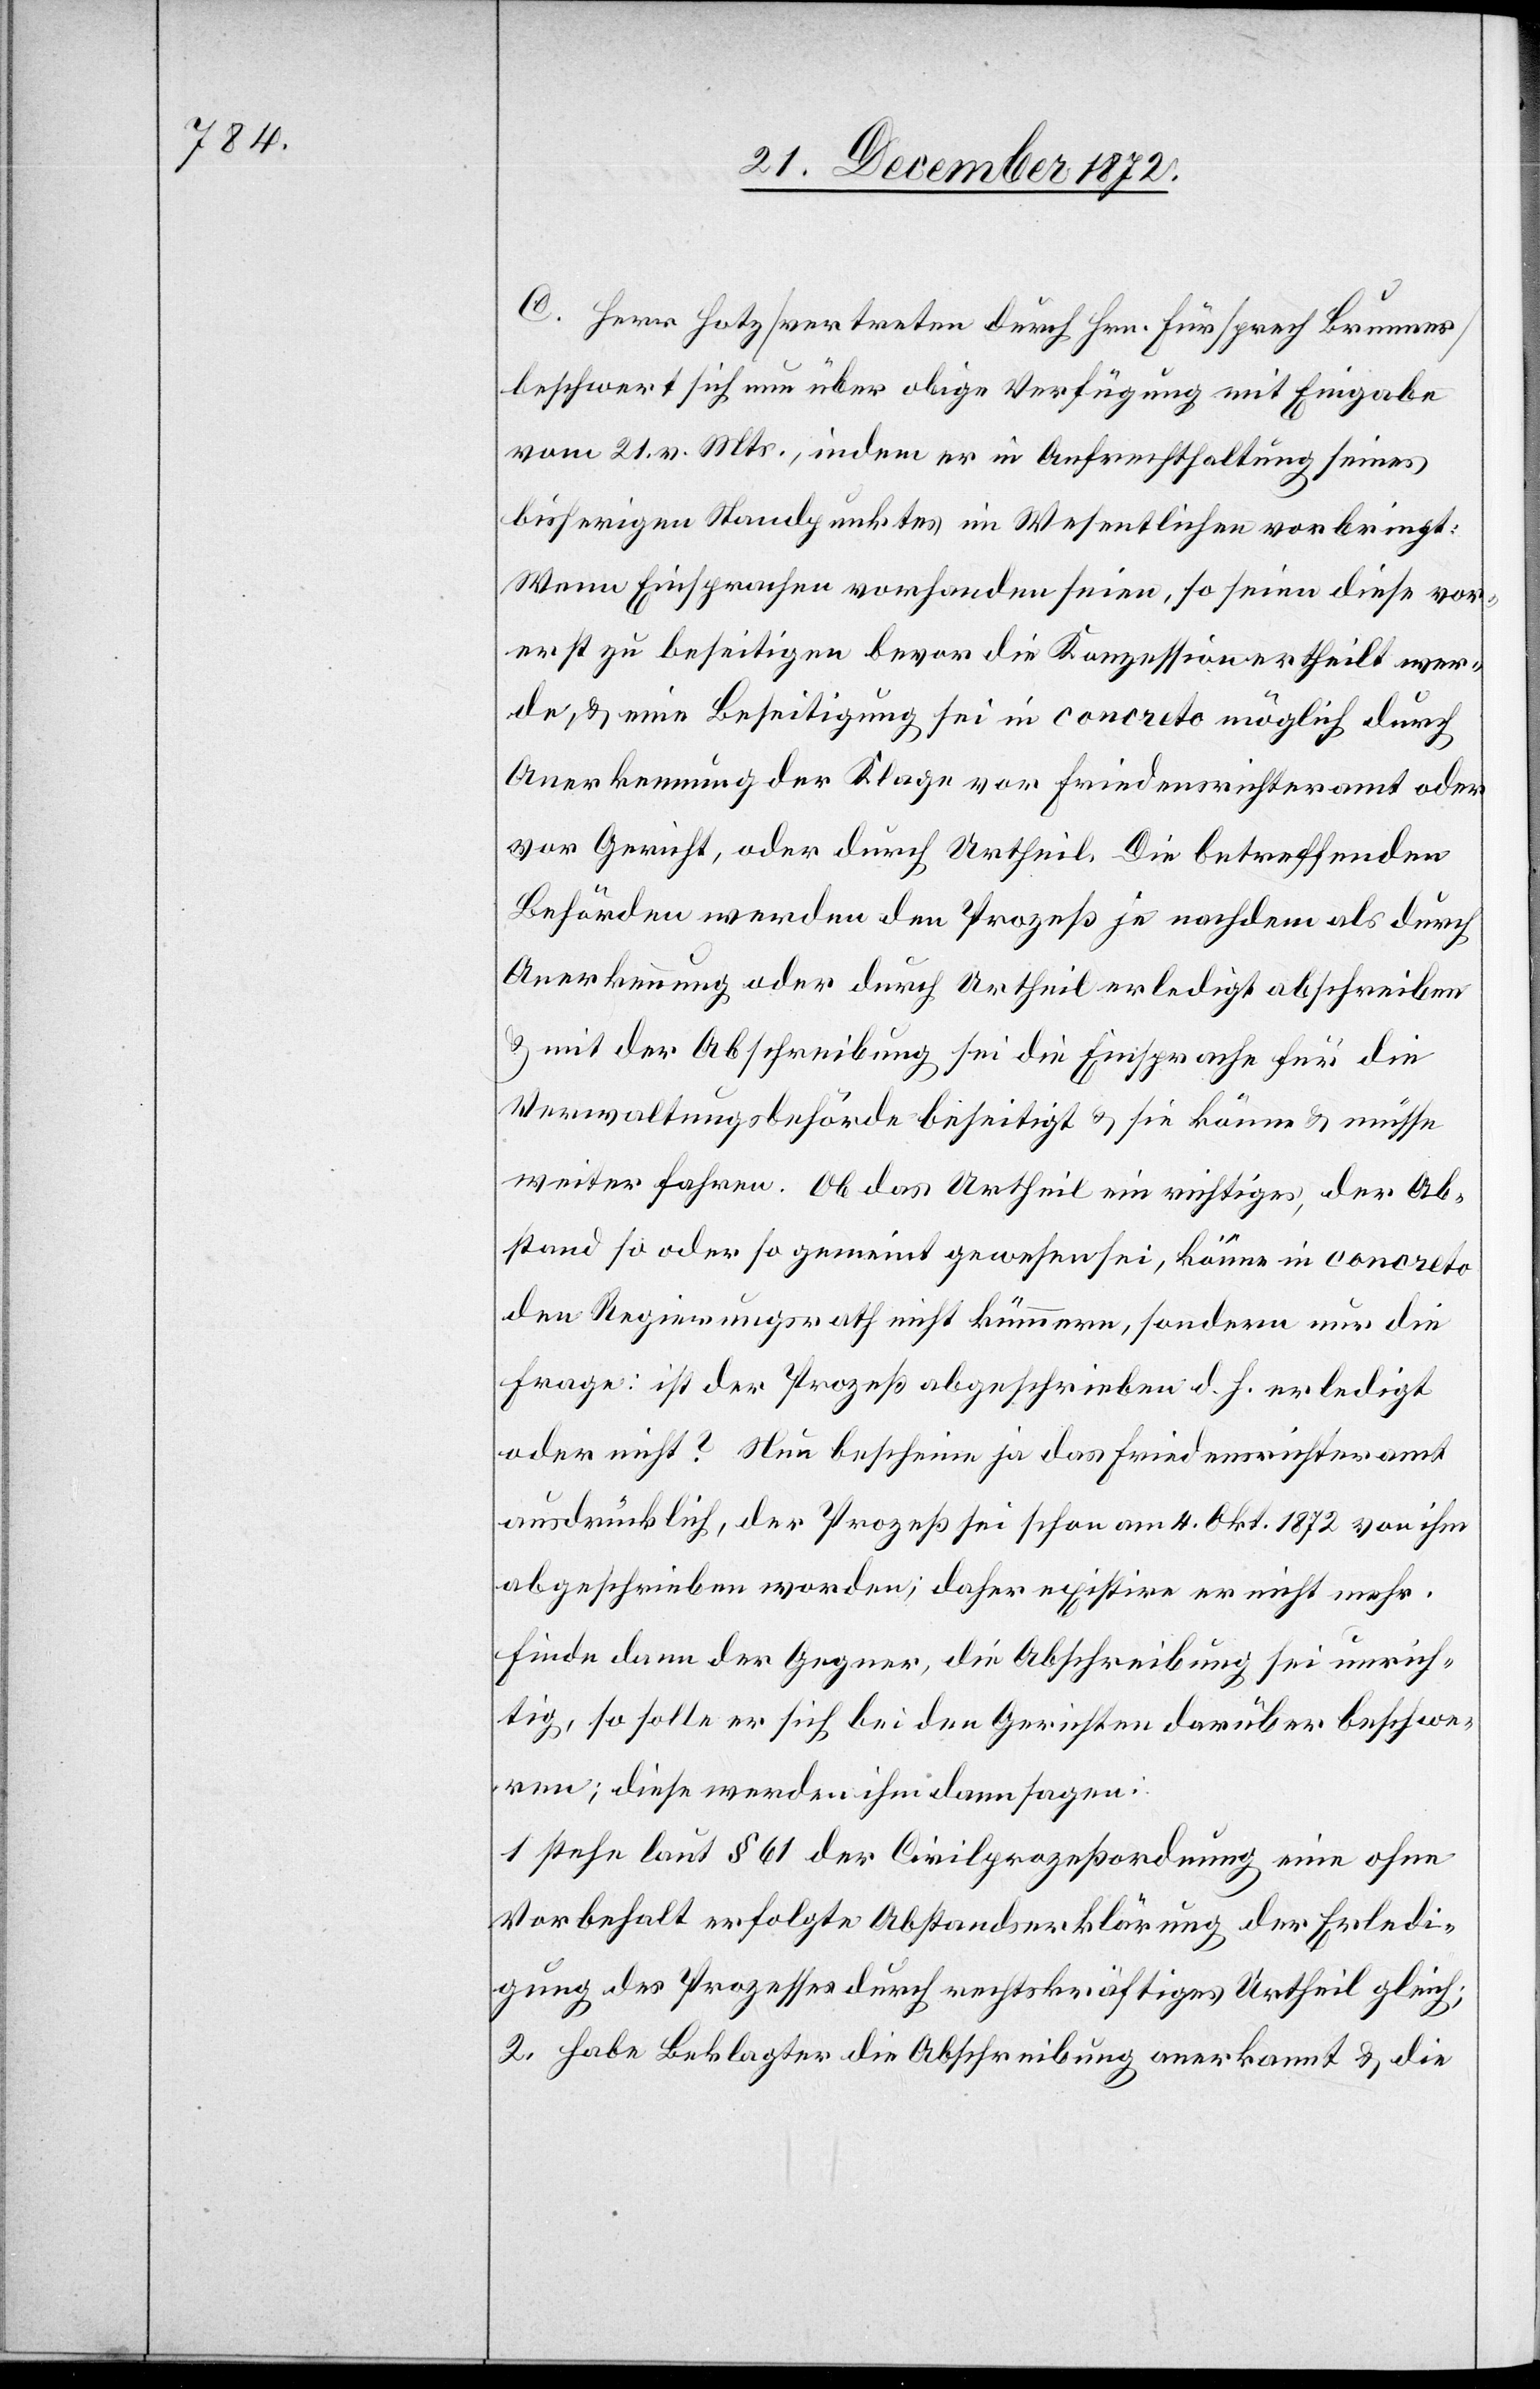
C. Herr Hotz [vertreten durch Hrn. Fürsprech Brunner]
beschwert sich nun über obige Verfügung mit Eingabe
vom 21. v. Mts., indem er in Aufrechthaltung seines
bisherigen Standpunktes im Wesentlichen vorbringt:
Wenn Einsprachen vorhanden seien, so seien diese vor¬
erst zu beseitigen bevor die Konzession ertheilt wer¬
de, u. eine Beseitigung sei in concreto möglich durch
Anerkennung der Klage vor Friedensrichteramt oder
vor Gericht, oder durch Urtheil. Die betreffenden
Behörden werden den Prozeß je nachdem als durch
Anerkennung oder durch Urtheil erledigt abschreiben
u. mit der Abschreibung sei die Einsprache für die
Verwaltungsbehörde beseitigt u. sie könne u. müsse
weiter fahren. Ob das Urtheil ein richtiges, der Ab¬
stand so oder so gemeint gewesen sei, könne in concreto
den Regierungsrath nicht kümmern, sondern nur die
Frage: ist der Prozeß abgeschrieben d. h. erledigt
oder nicht? Nun bescheine ja das Friedensrichteramt
ausdrücklich, der Prozeß sei schon am 4. Okt. 1872 von ihm
abgeschrieben worden; daher existire er nicht mehr.
Finde dann der Gegner, die Abschreibung sei unrich¬
tig, so solle er sich bei den Gerichten darüber beschwe¬
ren; diese werden ihm dann sagen:
1. stehe laut § 61 der Civilprozeßordnung eine ohne
Vorbehalt erfolgte Abstandserklärung der Erledi¬
gung des Prozesses durch rechtskräftiges Urtheil gleich;
2. habe Beklagter die Abschreibung anerkannt u. die